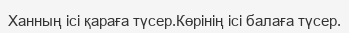
Ханның ісі қараға түсер.Көрінің ісі балаға түсер.